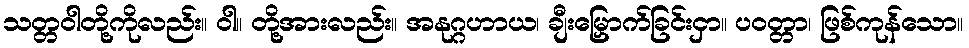
သတ္တဝါတို့ကိုလည်း။ ဝါ။ တို့အားလည်း။ အနုဂ္ဂဟာယ၊ ချီးမြှောက်ခြင်းငှာ။ ပဝတ္တာ၊ ဖြစ်ကုန်သော။